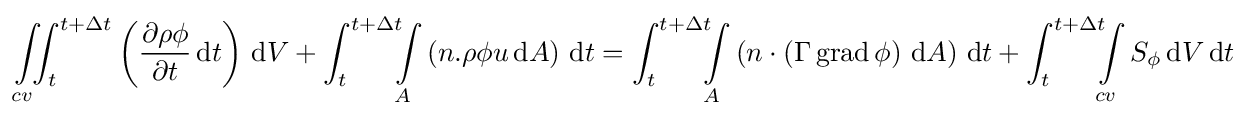
\int \limits _{cv}\!\!\!\int _{t}^{t+\Delta t}\left({\frac {\partial \rho \phi }{\partial t}}\,\mathrm {d} t\right)\,\mathrm {d} V+\int _{t}^{t+\Delta t}\!\!\!\int \limits _{A}\left(n.{\rho \phi u}\,\mathrm {d} A\right)\,\mathrm {d} t=\int _{t}^{t+\Delta t}\!\!\!\int \limits _{A}\left(n\cdot \left(\Gamma \operatorname {grad} \phi \right)\,\mathrm {d} A\right)\,\mathrm {d} t+\int _{t}^{t+\Delta t}\!\!\!\int \limits _{cv}S_{\phi }\,\mathrm {d} V\,\mathrm {d} t